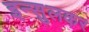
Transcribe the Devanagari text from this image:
इन्सुलकर